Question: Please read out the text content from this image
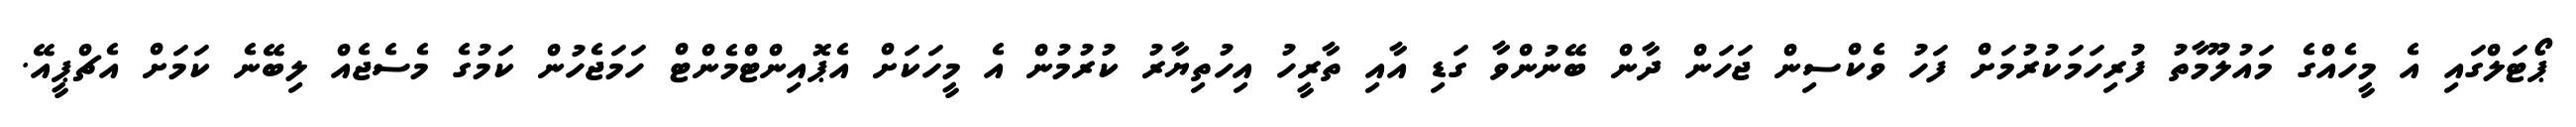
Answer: ޕޯޓަލްގައި އެ މީހެއްގެ މައުލޫމާތު ފުރިހަމަކުރުމަށް ފަހު ވެކްސިން ޖަހަން ދާން ބޭނުންވާ ގަޑި އާއި ތާރީހު އިހުތިޔާރު ކުރުމުން އެ މީހަކަށް އެޕޮއިންޓްމެންޓް ހަމަޖެހުން ކަމުގެ މެސެޖެއް ލިބޭނެ ކަމަށް އެޗްޕީއޭ.